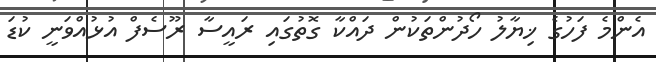
އެންމެ ފަހުގެ ޚިޔާލު ހޯދުންތަކުން ދައްކާ ގޮތުގައި ރައީސާ ރޫސެފް އުޅުއްވަނީ ކުޑަ